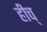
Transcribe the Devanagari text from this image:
हीच्